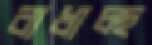
বাধাচ্ছ